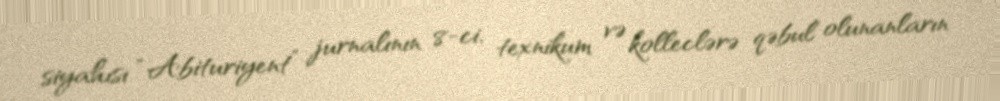
siyahısı “Abituriyent” jurnalının 8-ci, texnikum və kolleclərə qəbul olunanların